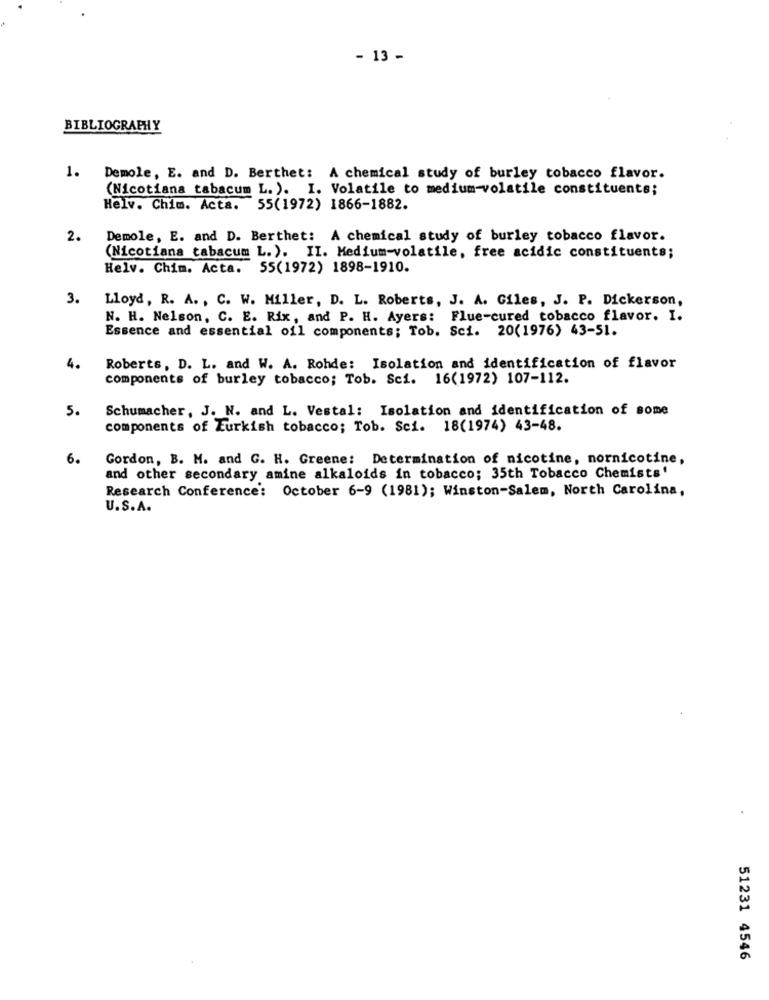
- 13 -
BIBLIOGRAPHY
1.
Demole, E. and D. Berthet: A chemical study of burley tobacco flavor.
(Nicotiana tabacum L.). I. Volatile to medium-volatile constituents;
Helv. Chim. Acta. 55(1972) 1866-1882.
2.
Demole, E. and D. Berthet: A chemical study of burley tobacco flavor.
(Nicotiana tabacum L.). II. Medium-volatile, free acidic constituents;
Helv. Chim. Acta. 55(1972) 1898-1910.
3.
Lloyd, R. A. , C. W. Miller, D. L. Roberts, J. A. Giles, J. P. Dickerson,
N. H. Nelson, C. E. Rix, and P. H. Ayers: Flue-cured tobacco flavor. I.
Essence and essential oil components; Tob. Sci. 20(1976) 43-51.
4.
Roberts, D. L. and W. A. Rohde: Isolation and identification of flavor
components of burley tobacco; Tob. Sci. 16(1972) 107-112.
5.
Schumacher, J. N. and L. Vestal: Isolation and identification of some
components of Eurkish tobacco; Tob. Sci. 18(1974) 43-48.
6.
Gordon, B. M. and G. H. Greene: Determination of nicotine, nornicotine,
and other secondary amine alkaloids in tobacco; 35th Tobacco Chemists'
Research Conference: October 6-9 (1981); Winston-Salem, North Carolina,
U.S.A.
51231 4546